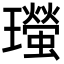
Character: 𤫁